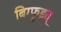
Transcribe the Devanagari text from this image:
बिग्फ्रुइत्